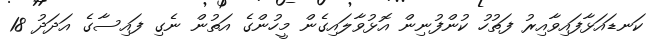
ކަނޑައަޅާފައިވާއިރު ފަތުހު ކުންފުނިން އޮޅުވާލައިގެން މީހުންގެ އަތުން ނެގި ފައިސާގެ އަދަދު 18